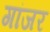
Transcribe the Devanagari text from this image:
गांजर